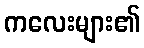
ကလေးများ၏